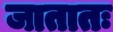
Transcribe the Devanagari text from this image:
जातातः